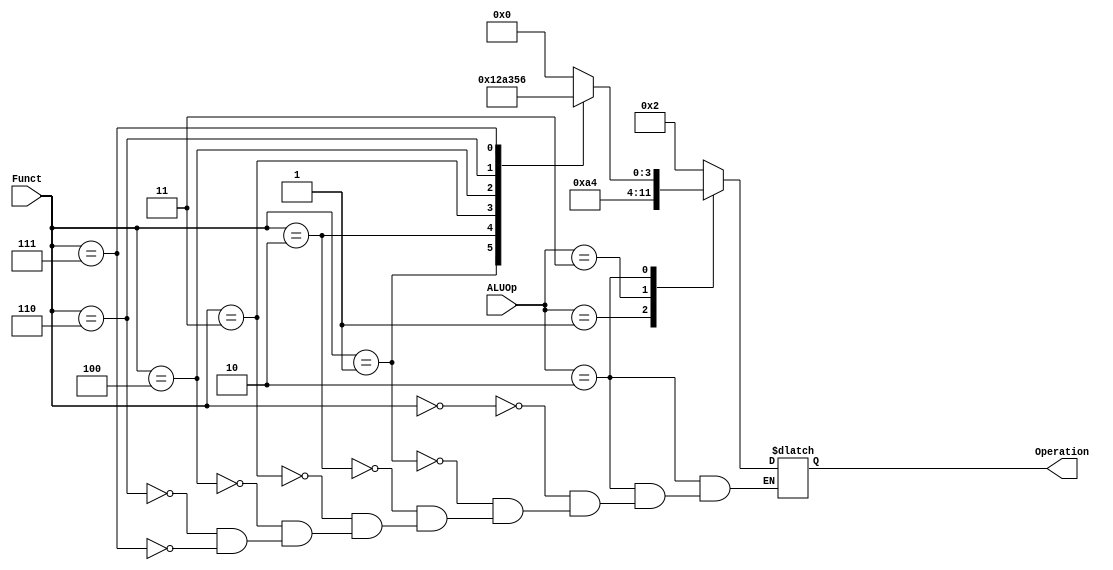
`timescale 1ns / 1ps


module ALUControl (
	input [1:0] ALUOp,
	input [3:0] Funct,
	output reg [3:0] Operation
);


always @(ALUOp)
begin

case(ALUOp)
	// Mbledhja per LS apo SS
	2'b00: Operation = 4'b0010;

	// Zbritja per BEQ/BNE
	2'b01: Operation = 4'b1010;
	
	// MUL - ne baze te OPCODE
	2'b11: Operation = 4'b0100;

	// Operacionet sipas Funct
	2'b10:
	begin
		case(Funct)
			// AND
			4'b0000: Operation = 4'b0000;
			// OR
			4'b0001: Operation = 4'b0001;
			// ADD
			4'b0010: Operation = 4'b0010;
			// SUB
			4'b0011: Operation = 4'b1010;
			// SLT
			4'b0100: Operation = 4'b0011;
			// XOR
			4'b0110: Operation = 4'b0101;
			// SLL
			4'b0111: Operation = 4'b0110;
		endcase
	end
endcase
end


endmodule